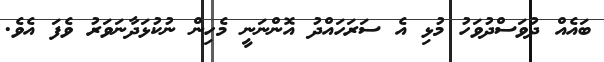
ބައެއް ދުވަސްދުވަހު މުޅި އެ ސަރަހައްދު އޮންނަނީ މެހިން ނުކުޅަދާނަވަރު ވެފަ އެވެ.